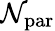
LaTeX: \mathcal{N}_{\mathrm{{par}}}